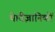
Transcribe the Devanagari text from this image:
थे।वैज्ञानिकों